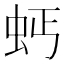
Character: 𧉝